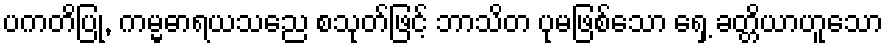
ပကတိပြု, ကမ္မဓာရယသညေ စသုတ်ဖြင့် ဘာသိတ ပုမဖြစ်သော ရှေ့ ခတ္တိယာဟူသော